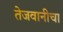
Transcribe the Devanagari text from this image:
तेजवानीचा